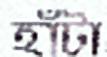
হাঁটা